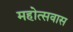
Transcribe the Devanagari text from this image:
महोत्सवास